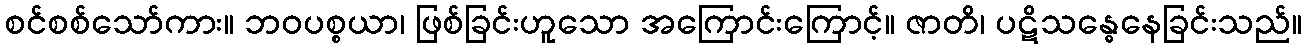
စင်စစ်သော်ကား။ ဘဝပစ္စယာ၊ ဖြစ်ခြင်းဟူသော အကြောင်းကြောင့်။ ဇာတိ၊ ပဋိသန္ဓေနေခြင်းသည်။